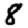
Digit: 8